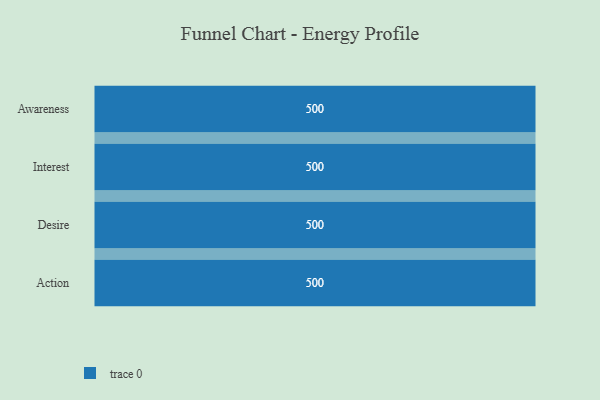
{"axis": {"x": "Stage", "y": "Value"}, "legend": [""], "data": [{"x": "Awareness", "y": 500, "type": ""}, {"x": "Interest", "y": 500, "type": ""}, {"x": "Desire", "y": 500, "type": ""}, {"x": "Action", "y": 500, "type": ""}]}